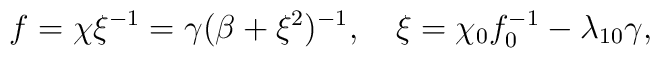
f=\chi \xi^{-1}=\gamma(\beta+\xi^2)^{-1}, \quad \xi=\chi_0 f_0^{-1}-\lambda_{10} \gamma,